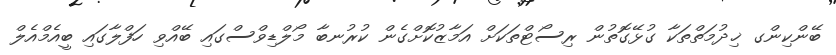
ބޭންކިންގ ޚިދުމަތްތަކާ ގުޅޭގޮތުން ރިސޯޓްތަކަށް އަމާޒުކޮށްގެން ކުރުނބާ މޯލްޑިވްސްގައި ބޭއްވި ހަފްލާގައި ބީއެމްއެލް